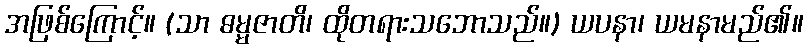
အဖြစ်ကြောင့်။ (သာ ဓမ္မဇာတိ၊ ထိုတရားသဘောသည်။) ယပနာ၊ ယမနာမည်၏။